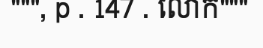
""", p . 147 . លោក"""